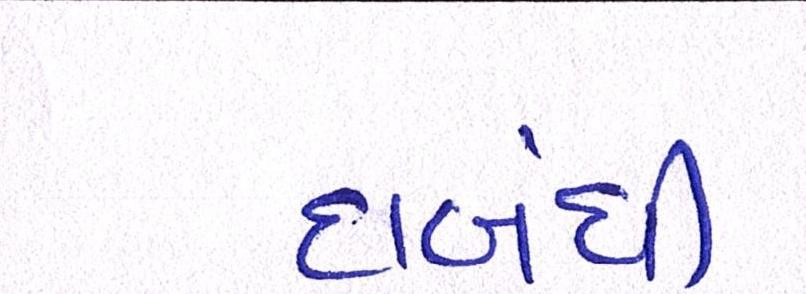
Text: દાબંધી